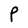
Character: P